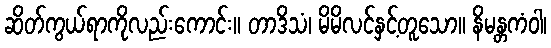
ဆိတ်ကွယ်ရာကိုလည်းကောင်း။ တာဒိသံ၊ မိမိလင်နှင့်တူသော။ နိမန္တကံဝါ၊